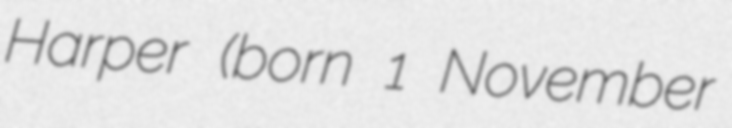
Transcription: Harper (born 1 November